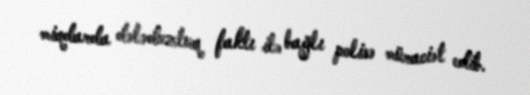
miqdarda dələduzluq faktı ilə bağlı polisə müraciət edib.